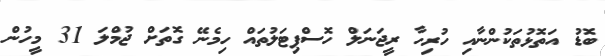
ބޮޑު އަތޮޅުތަކުންނާއި ހުރިހާ ރީޖަނަލް ހޮސްޕިޓަލުތައް ހިމެނޭ ގޮތަށް ޖުމްލަ 31 މީހުން